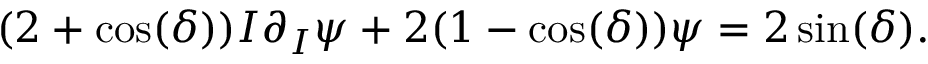
( 2 + \cos ( \delta ) ) I \partial _ { I } \psi + 2 ( 1 - \cos ( \delta ) ) \psi = 2 \sin ( \delta ) .